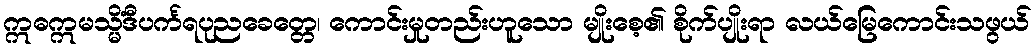
ဣဓဣမသ္မိံဒီပင်္ကရပုညခေတ္တေ၊ ကောင်းမှုတည်းဟူသော မျိုးစေ့၏ စိုက်ပျိုးရာ လယ်မြေကောင်းသဖွယ်